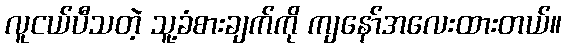
လူငယ်ပီသတဲ့ သူ့ခံစားချက်ကို ကျနော်အလေးထားတယ်။